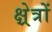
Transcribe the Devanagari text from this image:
क्ष्रेत्रों